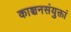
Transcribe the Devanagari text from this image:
काञ्चनसंयुक्तां